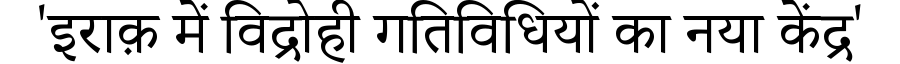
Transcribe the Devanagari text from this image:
'इराक़ में विद्रोही गतिविधियों का नया केंद्र'